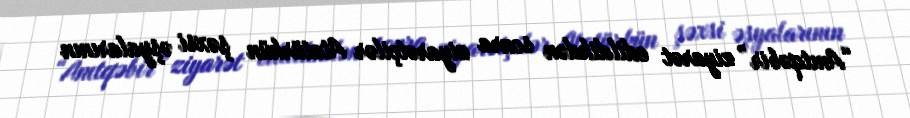
“Anıtqəbir” ziyarət edildikdən sonra ziyarətçilər Atatürkün şəxsi əşyalarının